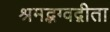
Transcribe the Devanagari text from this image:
श्रमद्भग्वद्गीता